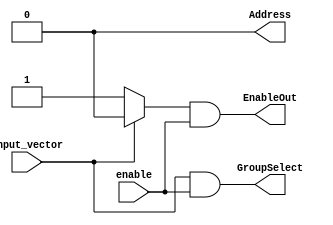
/******************************************************************************
 ** Logisim goes FPGA automatic generated Verilog code                       **
 **                                                                          **
 ** Component : Priority_Encoder                                             **
 **                                                                          **
 ******************************************************************************/

`timescale 1ns/1ps
module Priority_Encoder( enable,
                         input_vector,
                         Address,
                         EnableOut,
                         GroupSelect);

   /***************************************************************************
    ** Here all module parameters are defined with a dummy value             **
    ***************************************************************************/
   parameter NrOfInputBits = 1;
   parameter NrOfSelectBits = 1;


   /***************************************************************************
    ** Here the inputs are defined                                           **
    ***************************************************************************/
   input  enable;
   input[NrOfInputBits-1:0]  input_vector;

   /***************************************************************************
    ** Here the outputs are defined                                          **
    ***************************************************************************/
   output[NrOfSelectBits-1:0] Address;
   output EnableOut;
   output GroupSelect;

   /***************************************************************************
    ** Here the internal wires are defined                                   **
    ***************************************************************************/
   wire[4:0] s_address;
   wire s_in_is_zero;
   wire[32:0] v_select_1_vector;
   wire[15:0] v_select_2_vector;
   wire[7:0] v_select_3_vector;
   wire[3:0] v_select_4_vector;

   assign GroupSelect = ~s_in_is_zero&enable;
   assign EnableOut = s_in_is_zero&enable;
   assign Address = (~enable) ? 0 : s_address[NrOfSelectBits-1:0];
   assign s_in_is_zero = (input_vector == 0) ? 1'b1 : 1'b0;

   assign v_select_1_vector[32:NrOfInputBits] = 0;
   assign v_select_1_vector[NrOfInputBits-1:0] = input_vector;
   assign s_address[4] = (v_select_1_vector[31:16] == 0) ? 1'b0 : 1'b1;
   assign v_select_2_vector = (v_select_1_vector[31:16] == 0) ? v_select_1_vector[15:0] : v_select_1_vector[31:16];
   assign s_address[3] = (v_select_2_vector[15:8] == 0) ? 1'b0 : 1'b1;
   assign v_select_3_vector = (v_select_2_vector[15:8] == 0) ? v_select_2_vector[7:0] : v_select_2_vector[15:8];
   assign s_address[2] = (v_select_3_vector[7:4] == 0) ? 1'b0 : 1'b1;
   assign v_select_4_vector = (v_select_3_vector[7:4] == 0) ? v_select_3_vector[3:0] : v_select_2_vector[7:4];
   assign s_address[1] = (v_select_4_vector[3:2] == 0) ? 1'b0 : 1'b1;
   assign s_address[0] = (v_select_4_vector[3:2] == 0) ? v_select_4_vector[1] : v_select_4_vector[3];

endmodule